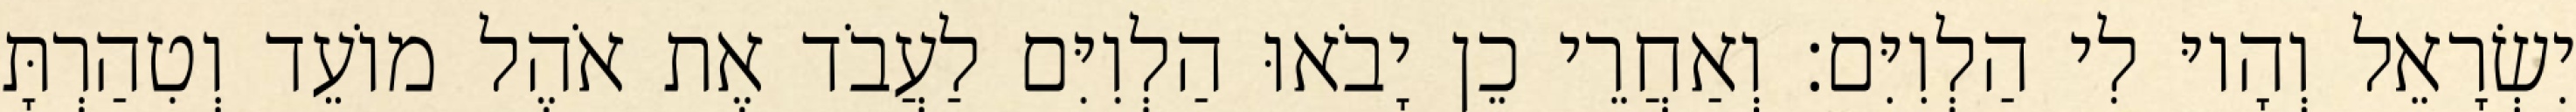
יִשְׂרָאֵל וְהָיוּ לִי הַלְוִיִּם׃ וְאַחֲרֵי כֵן יָבֹאוּ הַלְוִיִּם לַעֲבֹד אֶת אֹהֶל מוֹעֵד וְטִהַרְתָּ